Report on plague and inoculation in the Punjab from October 1st ... to September 30th..., being the ... season of plague in the province
Disease focus: Plague
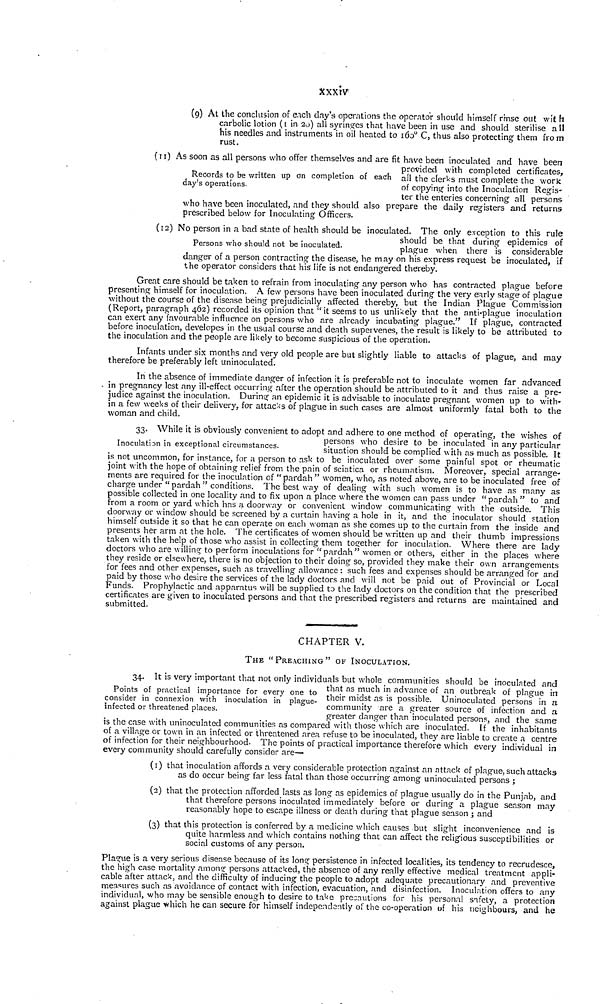
XXXIV
(g) At the conclusion of each clay's operations the operator should himself rinse out with
carbolic lotion (1 in 20) all syringes that have been in use and should sterilise all
his needles and instruments in oil heated to 160° C, thus also protecting them from
rust.
Records to be written up on completion of each
day's operations.
(II) As soon as all persons who offer themselves and are fit have been inoculated and have been
provided with completed certificates,
all the clerks must complete the work
of copying into the Inoculation! Regis-
ter the enteries concerning all persons
who have been inoculated, and they should also prepare the daily registers and returns
prescribed below for Inoculating Officers.
Persons who should not be inoculated.
(12) No person in a bad state of health should be inoculated. The only exception to this rule
should be that during epidemics of
plague when there is considerable
danger of a person contracting the disease, he may on his express request be inoculated, if
the operator considers that his life is not endangered thereby.
Great care should be taken to refrain from inoculating any person who has contracted plague before
presenting himself for inoculation. A few persons have been inoculated during the very early stage of plague
without the course of the disease being prejudicially affected thereby, but the Indian Plague Commission
(Report, paragraph 462) recorded its opinion that " it seems to us unlikely that the anti-plague inoculation
can exert any favourable influence on persons who are already incubating plague." If plague, contracted
before inoculation, developes in the usual course and death supervenes, the result is likely to be attributed to
the inoculation and the people are likely to become suspicious of the operation.
Infants under six months and very old people are but slightly liable to attacks of plague, and may
therefore be preferably left uninoculated.
In the absence of immediate danger of infection it is preferable not to inoculate women far advanced
in pregnancy lest any ill-effect occurring after the operation should be attributed to it and thus raise a pre-
judice against the inoculation. During an epidemic it is advisable to inoculate pregnant women up to with-
in a few weeks of their delivery, for attacks of plague in such cases are almost uniformly fatal both to the
woman and child.
Inoculation in exceptional circumstances.
33. While it is obviously convenient to adopt and adhere to one method of operating, the wishes of
persons who desire to be inoculated in any particular
situation should be complied with as much as possible. It
is not uncommon, for instance, for a person to ask to be inoculated over some painful spot or rheumatic
joint with the hope of obtaining relief from the pain of sciatica or rheumatism. Moreover, special arrange-
ments are required for the inoculation of "pardah" women, who, as noted above, are to be inoculated free of
charge under "pardah" conditions. The best way of dealing with such women is to have as many as
possible collected in one locality and to fix upon a place where the women can pass under" pardah " to and
from a room or yard which has a doorway or convenient window communicating with the outside. This
doorway or window should be screened by a curtain having a hole in it, and the inoculator should station
himself outside it so that he can operate on each woman as she comes up to the curtain from the inside and
presents her arm at the hole. The certificates of women should be written up and their thumb impressions
taken with the help of those who assist in collecting them together for inoculation. Where there are lady
doctors who are willing to perform inoculations for "pardah" women or others, either in the places where
they reside or elsewhere, there is no objection to their doing so, provided they make their own arrangements
for fees and other expenses, such as travelling allowance : such fees and expenses should be arranged for and
paid by those who desire the services of the lady doctors and will not be paid out of Provincial or Local
Funds. Prophylactic and apparatus will be supplied to the lady doctors on the condition that the prescribed
certificates are given to inoculated persons and that the prescribed registers and returns are maintained and
submitted.
CHAPTER V.
THE "PREACHING" OF INOCULATION.
Points of practical importance for every one to
consider in connexion with inoculation in plague-
infected or threatened places.
34. It is very important that not only individuals but whole communities should be inoculated and
that as much in advance of an outbreak of plague in
their midst as is possible. Uninoculated persons in a
community are a greater source of infection and a
greater danger than inoculated persons, and the same
is the case with uninoculated communities as compared with those which are inoculated. If the inhabitants
of a village or town in an infected or threatened area refuse to be inoculated, they are liable to create a centre
of infection for their neighbourhood- The points of practical importance therefore which every individual in
every community should carefully consider are—
(1) that inoculation affords a very considerable protection against an attack of plague, such attacks
as do occur being far less fatal than those occurring among uninoculated persons ;
(2) that the protection afforded lasts as long as epidemics of plague usually do in the Punjab, and
that therefore persons inoculated immediately before or during a plague season may
reasonably hope to escape illness or death during that plague season ; and
(3) that this protection is conferred by a medicine which causes but slight inconvenience and is
quite harmless and which contains nothing that can affect the religious susceptibilities or
social customs of any person.
Plague is a very serious disease because of its long persistence in infected localities, its tendency to recrudesce,
the high case mortality among persons attacked, the absence of any really effective medical treatment appli-
cable after attack, and the difficulty of inducing the people to adopt adequate precautionary and preventive
measures such as avoidance of contact with infection, evacuation, and disinfection. Inoculation offers to any
individual, who may be sensible enough to desire to take precautions for his personal safety, a protection
against plague which he can secure for himself independently oí the co-operation of his neighbours, and he